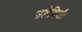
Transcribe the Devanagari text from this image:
भ्रष्टेविधौः